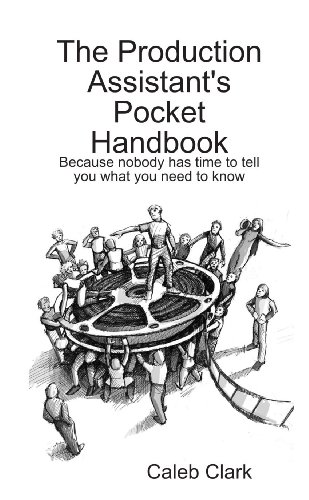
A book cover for The Production Assistant's Pocket Handbook; Caleb Clark; Humor & Entertainment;